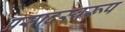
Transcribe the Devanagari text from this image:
प्रसादस्‍वरूप